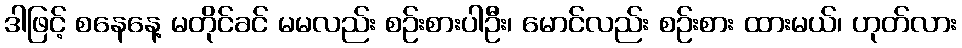
ဒါဖြင့် စနေနေ့ မတိုင်ခင် မမလည်း စဉ်းစားပါဦး၊ မောင်လည်း စဉ်းစား ထားမယ်၊ ဟုတ်လား